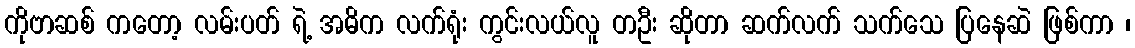
ကိုဗာဆစ် ကတော့ လမ်းပတ် ရဲ့ အဓိက လက်ရုံး ကွင်းလယ်လူ တဦး ဆိုတာ ဆက်လက် သက်သေ ပြနေဆဲ ဖြစ်ကာ ၊